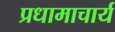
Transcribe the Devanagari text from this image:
प्रधामाचार्य